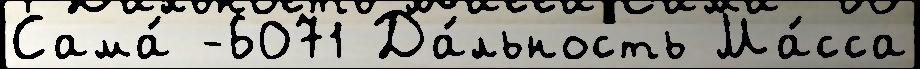
Сама́ -6071 Да́льность Ма́сса